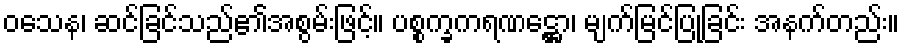
ဝသေန၊ ဆင်ခြင်သည်၏အစွမ်းဖြင့်။ ပစ္စက္ခကရဏဋ္ဌော၊ မျက်မြင်ပြုခြင်း အနက်တည်း။